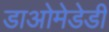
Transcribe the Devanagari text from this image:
डाओमेडेडी